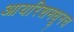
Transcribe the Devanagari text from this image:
आयरिशमधूनच